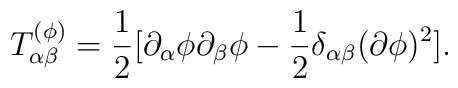
T_{\alpha\beta}^{(\phi)}={1\over 2}[\partial_\alpha\phi\partial_\beta\phi-{1\over 2}\delta_{\alpha\beta}(\partial\phi)^2].